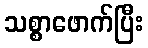
သစ္စာဖောက်ပြီး